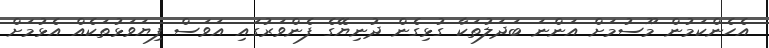
އެހެންކަމުން މޫސުމަށް އަންނަ ބަދަލުތަކާ ގުޅިގެން ދުނިޔޭގެ ފެންވަރުގައި އަވަސް ފިޔަވަޅުތަކެއް އެޅުމަށް